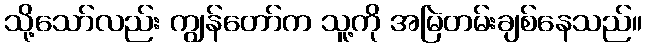
သို့သော်လည်း ကျွန်တော်က သူ့ကို အမြဲတမ်းချစ်နေသည်။